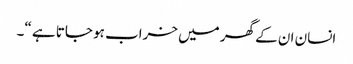
انسان ان کے گھر میں خراب ہو جاتا ہے “۔